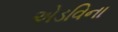
એડવિના